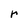
Character: r